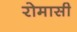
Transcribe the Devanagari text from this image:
रोमासी